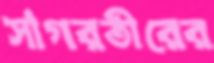
সাগরতীরের